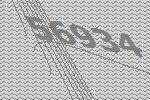
56934